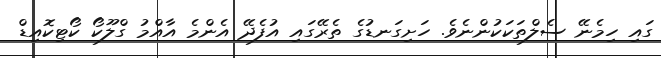
ގައި ހިމެނޭ ސެލްތަކަކުންނެވެ. ހަށިގަނޑުގެ ތެރޭގައި އުފެދޭ އެންމެ އާއްމު ގްލޫކޯ ކޯޓިކޮއިޑް